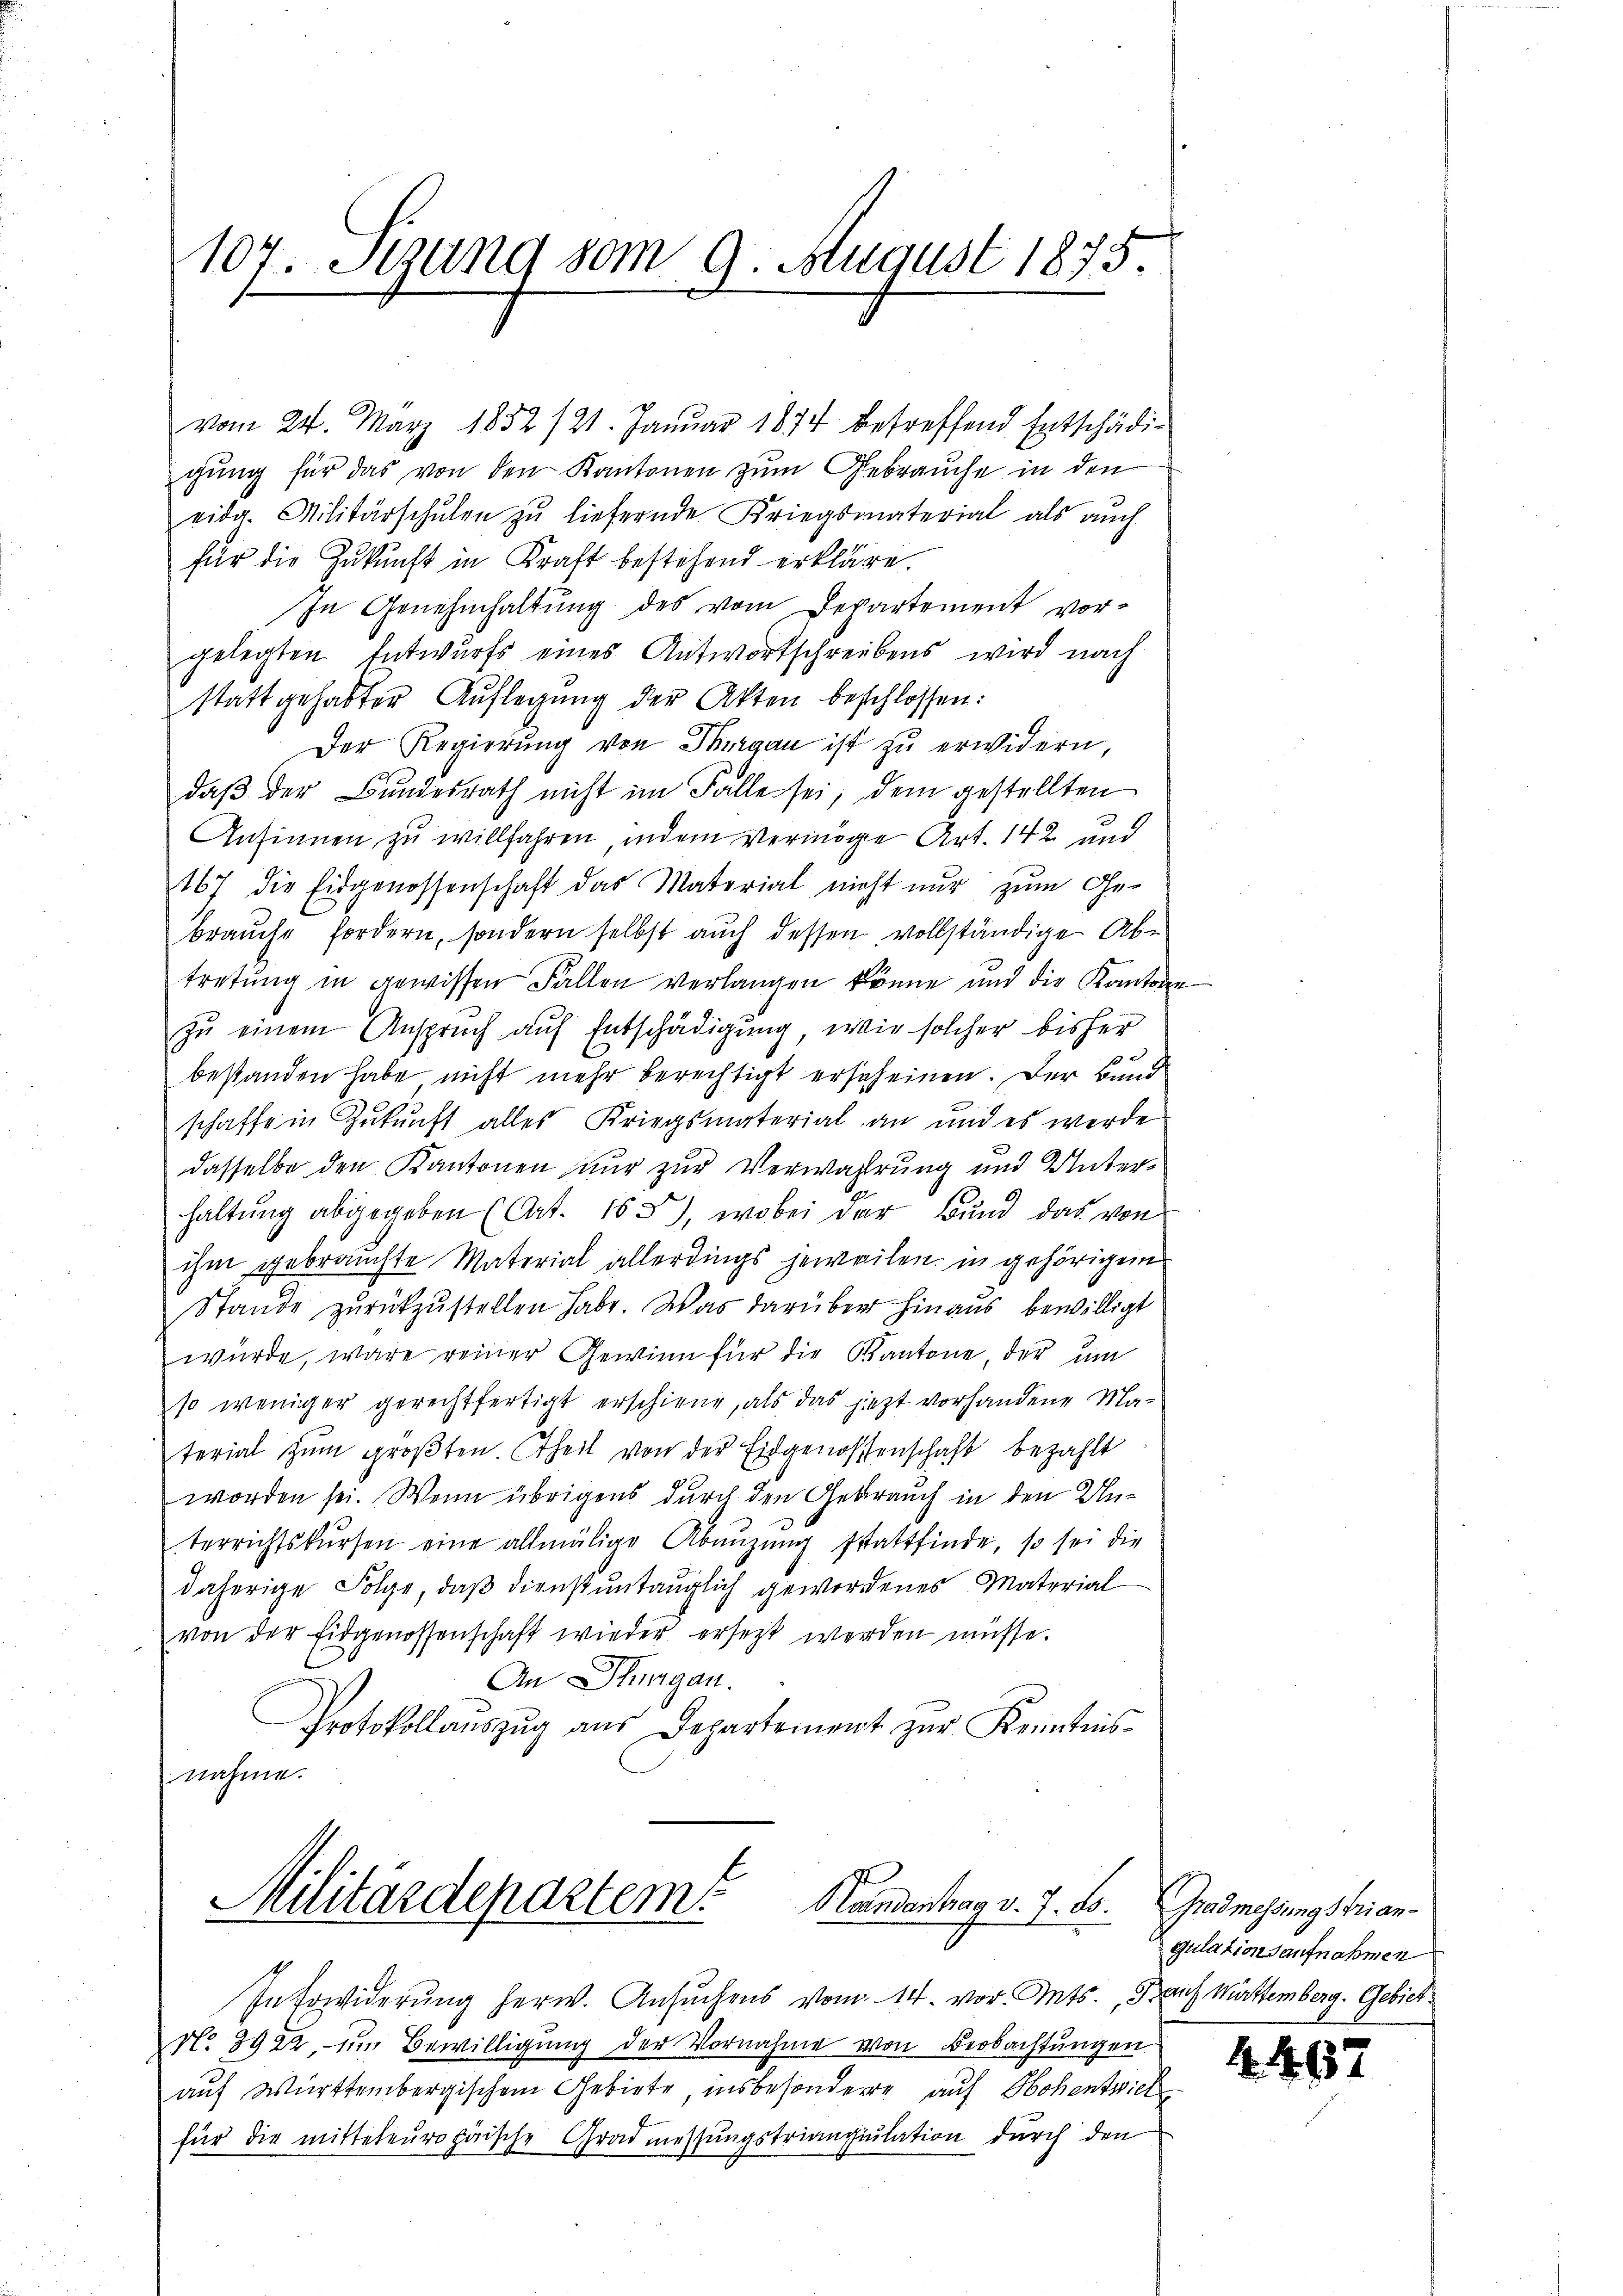
107. Sezung vom 9. August 1875.

vom 24. März 1832 /21. Januar 1874 betreffend Entschädigung für das von den Kantonen zum Gebrauche in den
eidg. Militärschulen zu liefernde Kriegsmaterial als auch
für die Zukunft in Kraft bestehend erkläre.
In Genehmhaltung des vom Departement vorgelegten Entwurfs eines Antwortschreibens wird nach
stattgehabter Auflegŭng der Akten beschlossen:
Der Regierŭng von Thurgau ist zŭ erwidern,
daß der Bundesrath nicht im Falle sei, dem gestellten
Ansinnen zu willfahren, indem Vermöge Art. 142 und
167 die Eidgenossenschaft das Material nicht nur zum Ge-
braŭche fordern, sondern selbst auch dessen vollständige Ab-
tretung in gewissen Fällen verlangen könne und die Kantone
zŭ einem Anspruch auf Entschädigung, wie solcher bisher
bestanden habe nicht mehr berechtigt erscheinen. Der Band
schaffe in Zukunft alles Kriegsmaterial an und es werde
dasselbe den Kantonen nur zur Verwahrung und Unterhaltung abgegeben (Art. 165), wobei der Bund das von
ihm gebrauchte Material allerdings jeweilen in gehörigen
Stande zŭrückzŭstellen habe. Was darüber hinaus bewilligt
würde, wäre reiner Gewinn für die Kantone, der um
so weniger gerechtfertigt erschiene, als das jezt vorhandene Ma-
terial zum größten. Theil von der Eidgenossenschaft bezahlt
worden sei. Wenn übrigens durch den Gebrauch in den Unterrichtskŭrsen eine allmälige Abaŭzŭng stattfinde, so sei die
daherige Folge, daß dienstuntauglich gewordenes Material
von der Eidgenossenschaft wieder ersetzt werden müsse.
An Thurgau.
Protokollaŭszŭg aŭs Departement zŭr Kenntnis-
nahme.

Militärdepartem Handentrag v. 7. ds. Grasmessungsbrian¬

In Erwiderung herw. Ansuchens vom 14. vor. Mts., Kauf Mittemberg. Gebiet
No. 3922, zum Bewilligung der Vornahme von Beobachtungen
auf Württembergischem Gebiete, insbesondere auf Hohentwiel
für die mitteteuropäische Gradmessungstriangulation durch den

gulationsaufnahmen

4. 467